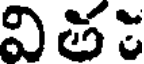
విత